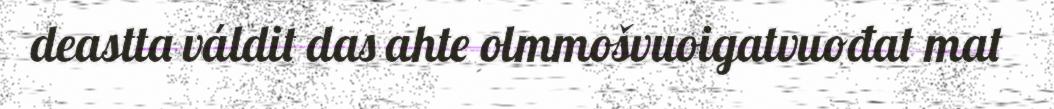
deastta váldit das ahte olmmošvuoigatvuođat mat